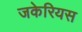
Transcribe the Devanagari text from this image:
जकेरियस